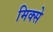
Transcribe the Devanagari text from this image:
मिक्से